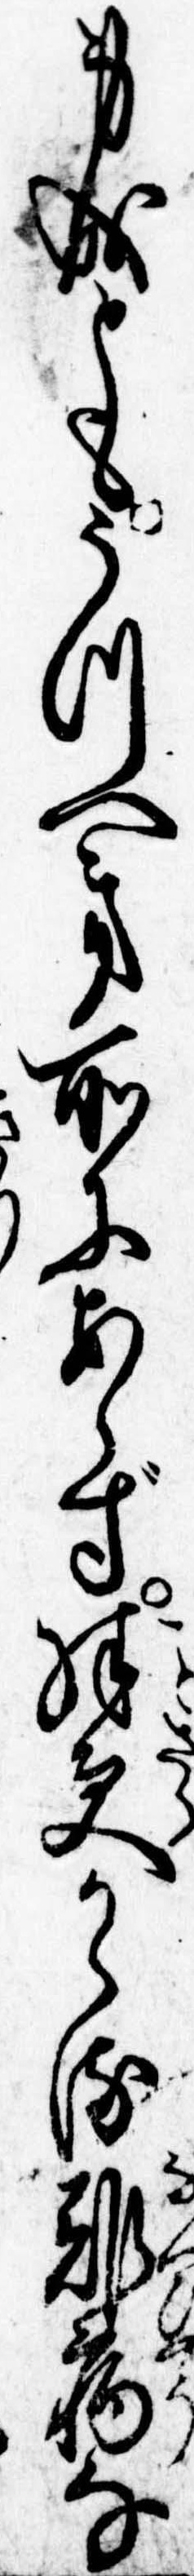
身成ともうつへき所にあらず殊更かゝる難病な